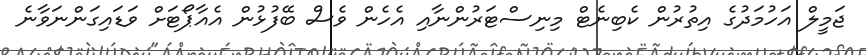
ޖަމީލް އަހުމަދުގެ އިތުރުން ކެބިނެޓް މިނިސްޓަރުންނާއި އެހެން ވެސް ބޭފުޅުން އެއާޕޯޓަށް ވަޑައިގަންނަވާނެ